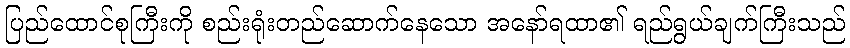
ပြည်ထောင်စုကြီးကို စည်းရုံးတည်ဆောက်နေသော အနော်ရထာ၏ ရည်ရွယ်ချက်ကြီးသည်